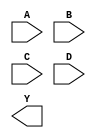
module sky130_fd_sc_lp__nor4 (
    //# {{data|Data Signals}}
    input  A,
    input  B,
    input  C,
    input  D,
    output Y
);

    // Voltage supply signals
    supply1 VPWR;
    supply0 VGND;
    supply1 VPB ;
    supply0 VNB ;

endmodule